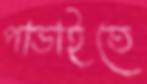
পাডাইতে